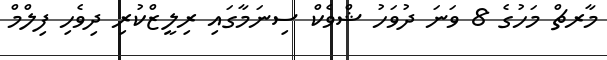
މާރޗް މަހުގެ 8 ވަނަ ދުވަހު ޝްވެކް ސިނަމާގައި ރިލީޒްކުރި ދިވެހި ފިލްމް